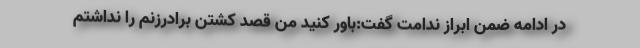
در ادامه ضمن ابراز ندامت گفت:باور کنید من قصد کشتن برادرزنم را نداشتم